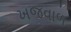
ખજવાળ